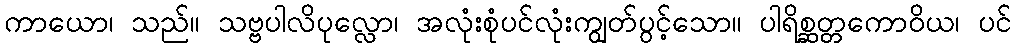
ကာယော၊ သည်။ သဗ္ဗပါလိပုလ္လော၊ အလုံးစုံပင်လုံးကျွတ်ပွင့်သော။ ပါရိစ္ဆတ္တကောဝိယ၊ ပင်